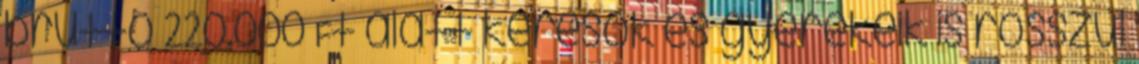
bruttó 220.000 Ft alatt keresők és gyerekeik is rosszul